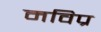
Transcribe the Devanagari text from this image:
मविप्र